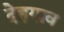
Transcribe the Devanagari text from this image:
देहगाव